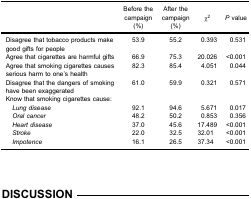
<table><thead><tr><td><b> </b></td><td><b>Before thecampaign(%)</b></td><td><b>After thecampaign(%)</b></td><td><b>χ<sup>2</sup></b></td><td><b><i>P</i> value</b></td></tr></thead><tbody><tr><td>Disagree that tobacco products make good gifts for people</td><td>53.9</td><td>55.2</td><td>0.393</td><td>0.531</td></tr><tr><td>Agree that cigarettes are harmful gifts</td><td>66.9</td><td>75.3</td><td>20.026</td><td>&lt;0.001</td></tr><tr><td>Agree that smoking cigarettes causes serious harm to one’s health</td><td>82.3</td><td>85.4</td><td>4.051</td><td>0.044</td></tr><tr><td>Disagree that the dangers of smoking have been exaggerated</td><td>61.0</td><td>59.9</td><td>0.321</td><td>0.571</td></tr><tr><td>Know that smoking cigarettes cause:</td><td> </td><td> </td><td> </td><td> </td></tr><tr><td> <i>Lung disease</i></td><td>92.1</td><td>94.6</td><td>5.671</td><td>0.017</td></tr><tr><td> <i>Oral cancer</i></td><td>48.2</td><td>50.2</td><td>0.853</td><td>0.356</td></tr><tr><td> <i>Heart disease</i></td><td>37.0</td><td>45.6</td><td>17.489</td><td>&lt;0.001</td></tr><tr><td> <i>Stroke</i></td><td>22.0</td><td>32.5</td><td>32.01</td><td>&lt;0.001</td></tr><tr><td> <i>Impotence</i></td><td>16.1</td><td>26.5</td><td>37.34</td><td>&lt;0.001</td></tr></tbody></table>